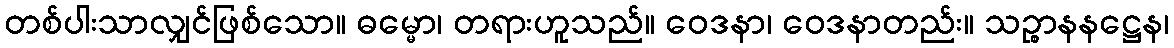
တစ်ပါးသာလျှင်ဖြစ်သော။ ဓမ္မော၊ တရားဟူသည်။ ဝေဒနာ၊ ဝေဒနာတည်း။ သဉ္စာနနဋ္ဌေန၊